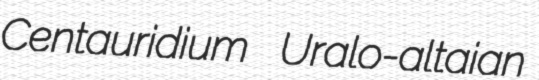
Centauridium Uralo-altaian